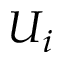
U _ { i }